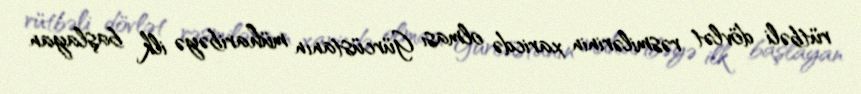
rütbəli dövlət rəsmilərinin xaricdə olması Gürcüstanın müharibəyə ilk başlayan